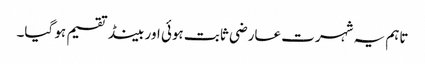
تاہم یہ شہرت عارضی ثابت ہوئی اور بینڈ تقسیم ہو گیا۔